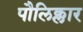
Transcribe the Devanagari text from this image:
पौलिक्लार